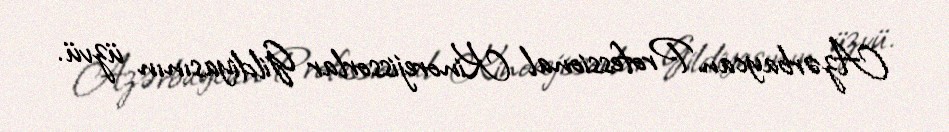
Azərbaycan Professional Kinorejissorlar Gildiyasının üzvü.